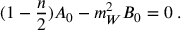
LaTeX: ( 1 - \frac { n } { 2 } ) A _ { 0 } - m _ { W } ^ { 2 } B _ { 0 } = 0 \; .